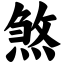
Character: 煞